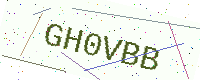
Text: GH0VBB